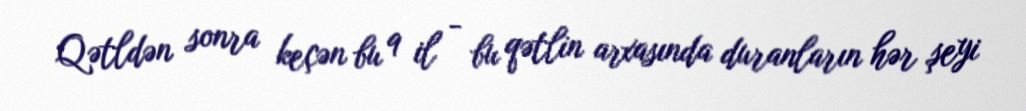
Qətldən sonra keçən bu 9 il - bu qətlin arxasında duranların hər şeyi